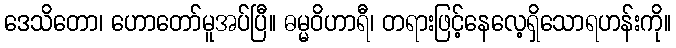
ဒေသိတော၊ ဟောတော်မူအပ်ပြီ။ ဓမ္မဝိဟာရီ၊ တရားဖြင့်နေလေ့ရှိသောရဟန်းကို။